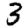
Digit: 3